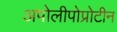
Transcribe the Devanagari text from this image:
अपोलीपोप्रोटीन